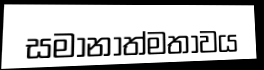
සමානාත්මතාවය